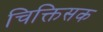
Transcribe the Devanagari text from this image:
चिक्तिसक